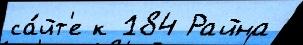
са́йт'е к 184 Райна